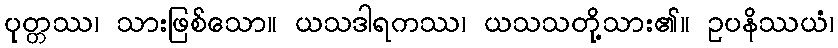
ပုတ္တဿ၊ သားဖြစ်သော။ ယသဒါရကဿ၊ ယသသတို့သား၏။ ဥပနိဿယံ၊